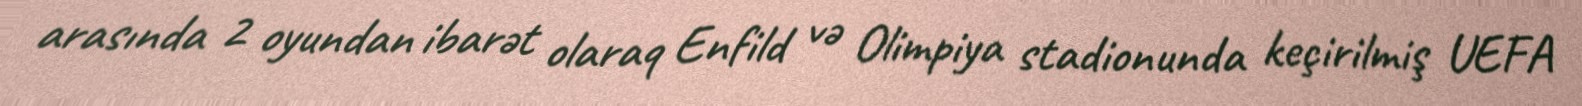
arasında 2 oyundan ibarət olaraq Enfild və Olimpiya stadionunda keçirilmiş UEFA